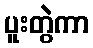
ပူးတွဲကာ